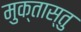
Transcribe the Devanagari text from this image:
मुक्तास्तु